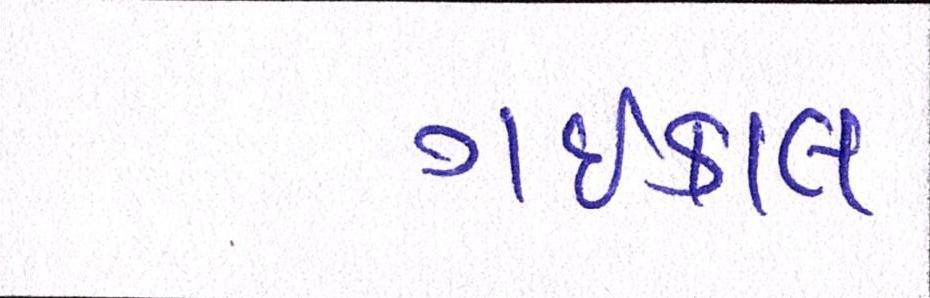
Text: ગઇકાલ